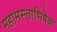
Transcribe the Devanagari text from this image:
महामस्ताभिषेक